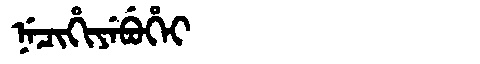
Manchu: ᠨᡝᠴᡳᡥᡳᠶᡝᠪᡠᡥᡝᡳ
Romanization: NECIHIYEBUHEI